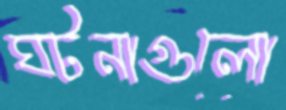
ঘটনাগুলো